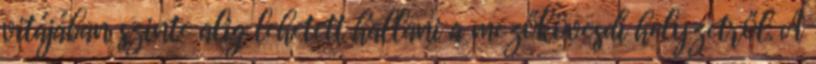
vitájában szinte alig lehetett hallani a mezőkövesdi helyzetről. A